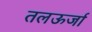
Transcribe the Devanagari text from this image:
तलऊर्जा